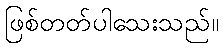
ဖြစ်တတ်ပါသေးသည်။